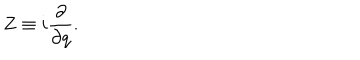
LaTeX: Z \equiv i \frac { \partial } { \partial q } .